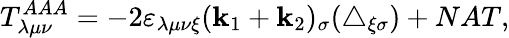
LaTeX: T_{\lambda\mu\nu}^{AAA}=-2\varepsilon_{\lambda\mu\nu\xi}(\mathbf{k}_{1}+\mathbf{k}_{2})_{\sigma}(\triangle_{\xi\sigma})+NAT,